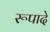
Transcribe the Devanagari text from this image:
रूपादे